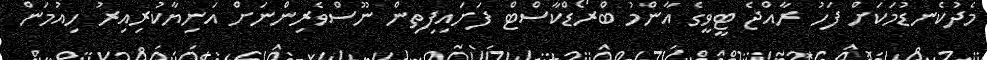
މެދުކެނޑުމަކަށް ފަހު ރާއްޖެ ޓީވީގެ އާންމު ބްރޯޑްކާސްޓް ފަށައިފިތިން ނޫސްވެރިންނަށް އަނިޔާކުރިއިރު ހިއުމަން